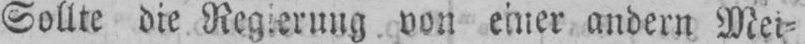
Sollte die Regierung von einer anderen Mei⸗